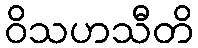
ဝိသဟသီတိ